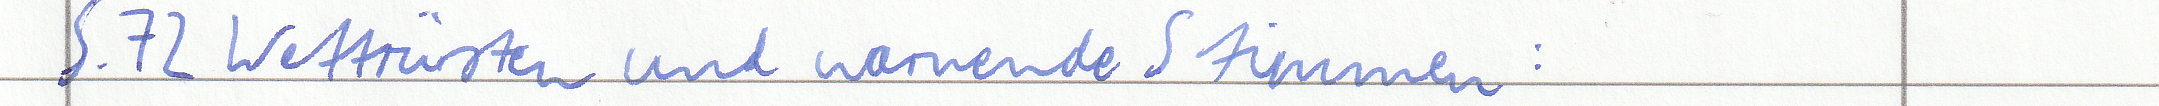
S.72 Wettrüsten und warnende Stimmen :